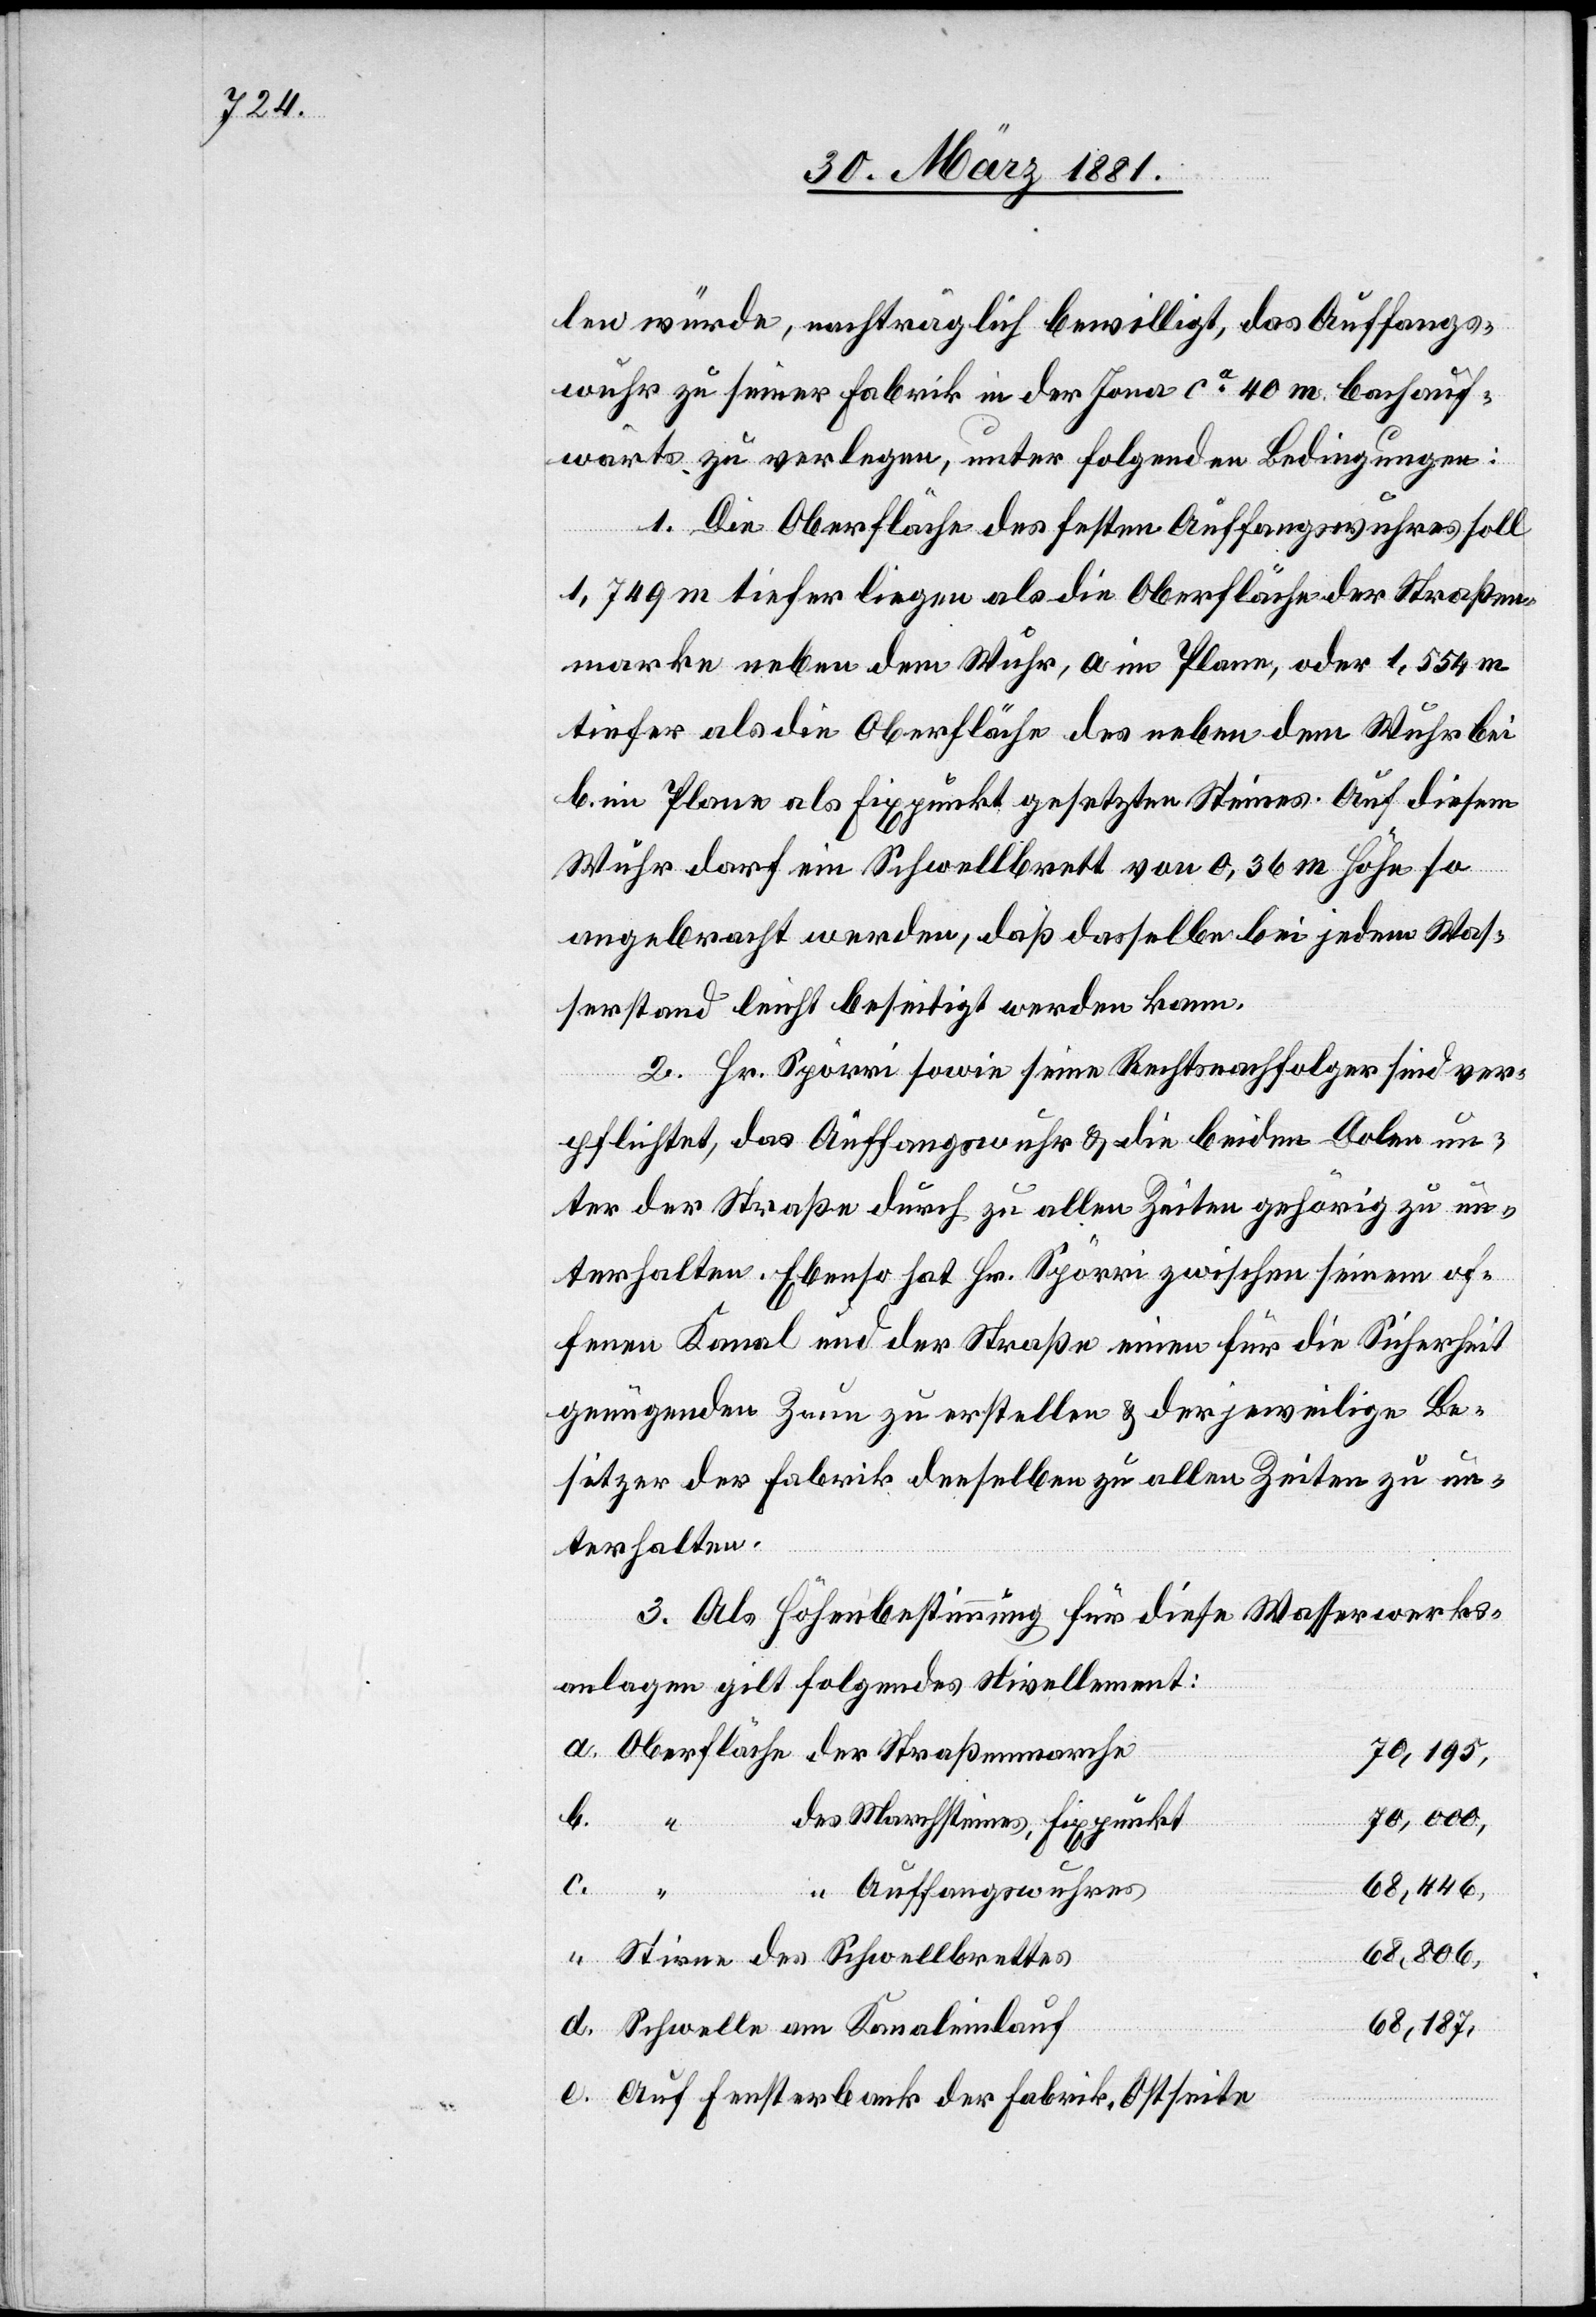
len würde, nachträglich bewilligt, das Auffangs¬
wuhr zu seiner Fabrik in der Jona ca 40 m bachauf¬
wärts zu verlegen, unter folgenden Bedingungen:
1. Die Oberfläche des festen Auffangswuhres soll
1,749 m tiefer liegen als die Oberfläche der Straßen¬
marke neben dem Wuhr, a im Plane, oder 1,554 m
tiefer als die Oberfläche des neben dem Wuhr bei
b im Plane als Fixpunkt gesetzten Steines. Auf diesem
Wuhr darf ein Schwellbrett von 0,36 m Höhe so
angebracht werden, daß dasselbe bei jedem Was¬
serstand leicht beseitigt werden kann.
2. Hr. Spörri sowie seine Rechtsnachfolger sind ver¬
pflichtet, daß Auffangswuhr & die beiden Dolen un¬
ter der Straße durch zu allen Zeiten gehörig zu un¬
terhalten. Ebenso hat Hr. Spörri zwischen seinem of¬
fenen Kanal und der Straße einen für die Sicherheit
genügenden Zaun zu erstellen & der jeweilige Be¬
sitzer der Fabrik denselben zu allen Zeiten zu un¬
terhalten.
3. Als Höhenbestimmung für diese Wasserwerks¬
anlagen gilt folgendes Nivellement:
e.
70,195,
b.
70,000,
des Marchsteines, Fixpunkt
68,446,
c.
“ Auffangswuhres
68,806,
Stirne des Schwellbrettes
68,187,
Schwelle am Kanaleinlauf
Auf Fensterbank der Fabrik, Ostseite